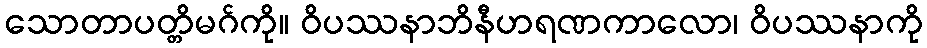
သောတာပတ္တိမဂ်ကို။ ဝိပဿနာဘိနီဟရဏကာလော၊ ဝိပဿနာကို